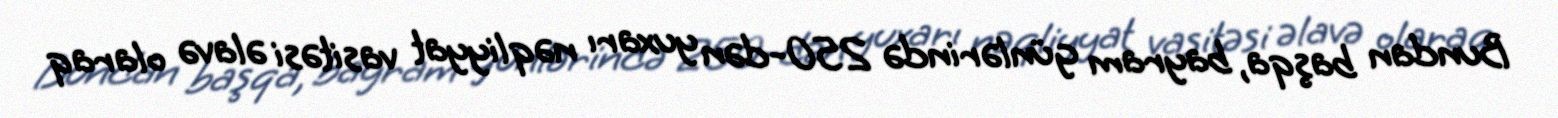
Bundan başqa, bayram günlərində 250-dən yuxarı nəqliyyat vasitəsi əlavə olaraq